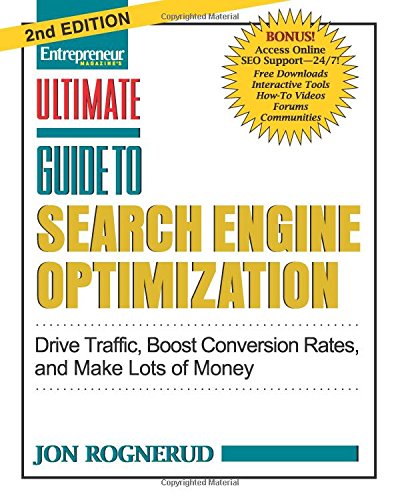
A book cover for Ultimate Guide to Search Engine Optimization: Drive Traffic, Boost Conversion Rates and Make Tons of Money (Ultimate Series); Jon Rognerud; Computers & Technology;